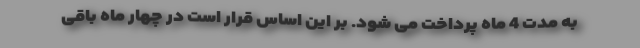
به مدت 4 ماه پرداخت می شود. بر این اساس قرار است در چهار ماه باقی